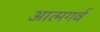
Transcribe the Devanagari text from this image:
आत्मगर्व